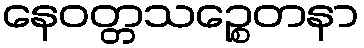
နေဝတ္တသဉ္စေတနာ